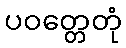
ပဝတ္တေတုံ